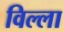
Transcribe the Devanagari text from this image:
विल्‍ला